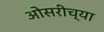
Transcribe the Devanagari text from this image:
ओसरीच्या